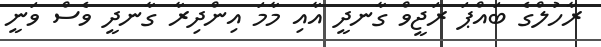
ރާހުލްގެ ބައްޕަ ރަޖީވް ގާނދީ އާއި މާމަ އިންދިރާ ގާނދީ ވެސް ވަނީ